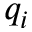
q _ { i }